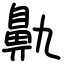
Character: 鼽